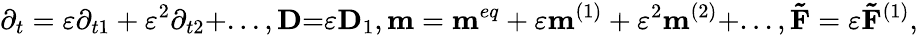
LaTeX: {\partial_{t}}=\varepsilon{\partial_{t1}}+{\varepsilon^{2}}{\partial_{t2}}\mathrm{{+}}...,{\mathbf{D}}\mathrm{{=}}\varepsilon{{\mathbf{D}}_{1}},{\mathbf{m}}={{\mathbf{m}}^{eq}}+\varepsilon{{\mathbf{m}}^{(1)}}+{\varepsilon^{2}}{{\mathbf{m}}^{(2)}}+...,{\mathbf{\tilde{F}}}=\varepsilon{{\mathbf{\tilde{F}}}^{(1)}},